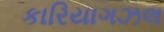
કારિયાગઝલ